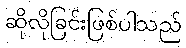
ဆိုလိုခြင်းဖြစ်ပါသည်